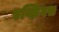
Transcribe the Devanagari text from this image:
एग्झिगस